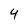
Character: 4